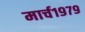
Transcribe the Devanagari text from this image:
मार्च१९७९